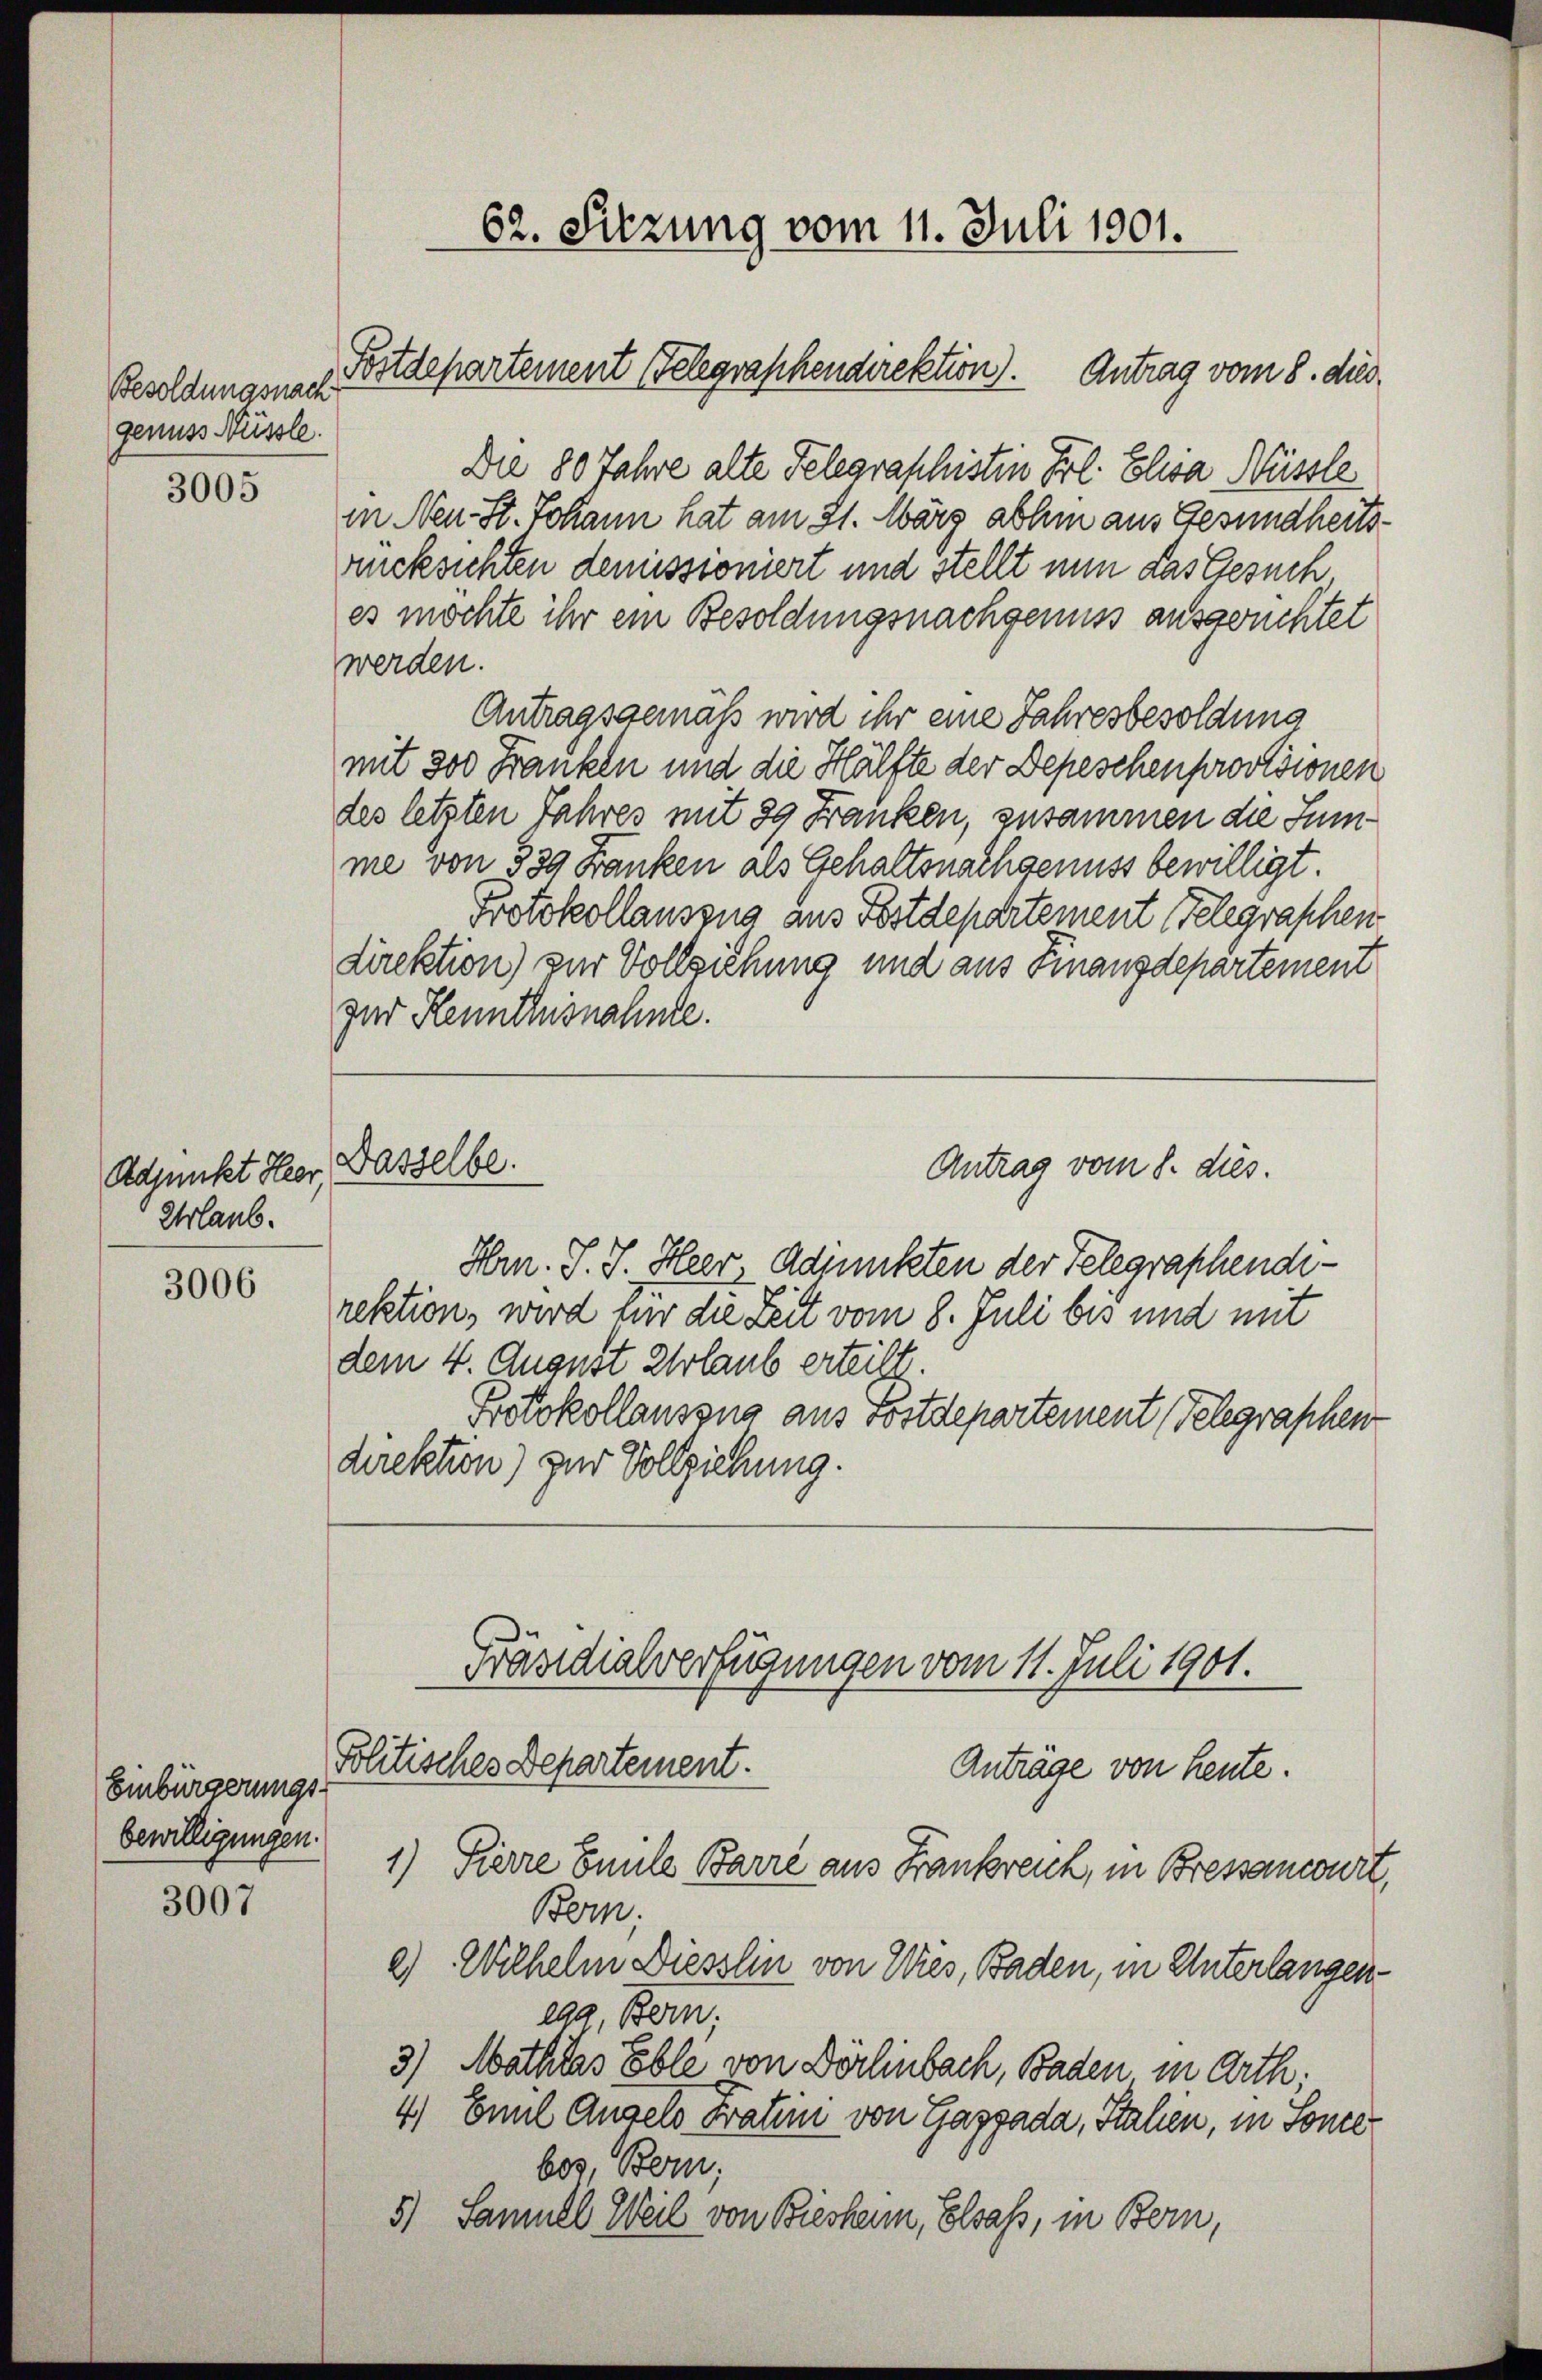
Besoldungsnach
genuss Nüssle.

3005

Adjunkt Her
Urlaub.

3006

3007

Einbürgerungs
bewilligungen.

62. Sitzung vom 11. Juli 1901.

Fostdepartement Gelegraphendirektion). Antrag vom 8. dies
Die 80 Jahre alte Telegraschisten Frl. Elisa Nüssle
in Neu- St. Johann hat am 21. März abhin aus Gesundheitsrücksichten demissioniert und stellt nun Lastesuch,
es möchte ihr ein Besoldungsnachgenuss ausgeüchtet
werden.
Antragsgemäß wird ihr eine Jahresbesoldung
mit 300 Franken und die Hälfte der Depeschenprovisionen
des letzten Jahres mit 89 Franken, zusammen die Summe von 339 Franken als Gehaltsnachgenuss bewilligt.
Protokollauszug aus Postdepartement Telegraschen
direktion) zur Vollziehung und aus Finanzdepartement
zur Kennthusnahmte.
Dasselbe.
Antrag vom 8. dies.
Hrn. J. J. Heer Adjunkten der Telegraphenderektion, wird für die Zeit vom 8. Juli bis und mit
dem 4. August Erlaub erteilt.
Protokollauszug aus Postdepartement (Telegraphen
direktion) zur Vollziehung.
Präsidialverfügungen vom 11. Juli 1901.

Politisches Departement.
Anträge von heute.

1) Pierre Emile Barre aus Frankreich, in Bressancirt,
Bern.
2) Wilhelm Diesslin von Wies, Baden, in Unterlangen
ega Bern.
3) Mathias Eble von Dörlinbach, Baden in Arth;
4) Emil Angels Fraten von Gazgada, Stahen, in Sonne
bes, Bern,
5.) Samuel Weil von Biesheim, Elsaß, in Bern,